Annual statistical returns and brief notes on vaccination in Bengal - 1909-1929
Year: 1909
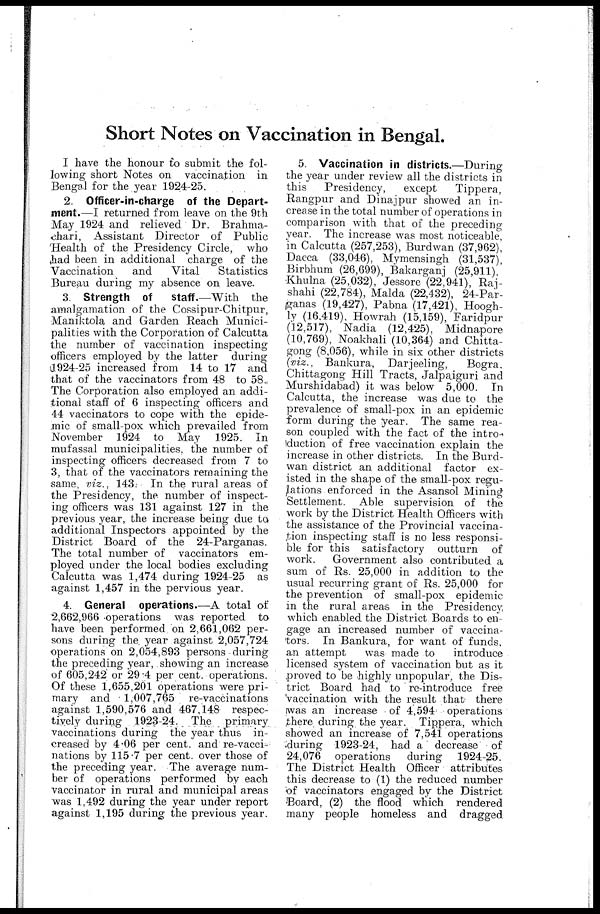
Short Notes on Vaccination in Bengal.
I have the honour to submit the fol-
lowing short Notes on vaccination in
Bengal for the year 1924-25.
2. Officer-in-charge of the Depart-
ment.—I returned from leave on the 9th
May 1924 and relieved Dr. Brahma-
chari, Assistant Director of Public
Health of the Presidency Circle, who
had been in additional charge of the
Vaccination
and
Vital
Statistics
Bureau during my absence on leave.
3. Strength of
staff.—With the
amalgamation of the Cossipur-Chitpur,
Maniktola and Garden Reach Munici-
palities with the Corporation of Calcutta
the number of vaccination inspecting
officers employed by the latter during
1924-25 increased from 14 to 17 and
that of the vaccinators from 48 to 58.
The Corporation also employed an addi-
tional staff of 6 inspecting officers and
44 vaccinators to cope with the epide-
mic of small-pox which prevailed from
November 1924 to May 1925. In
mufassal municipalities, the number of
inspecting officers decreased from 7 to
3, that of the vaccinators remaining the
same, viz., 143. In the rural areas of
the Presidency, the number of inspect-
ing officers was 131 against 127 in the
previous year, the increase being due to
additional Inspectors appointed by the
District Board of the 24-Parganas.
The total number of vaccinators em-
ployed under the local bodies excluding
Calcutta was 1,474 during 1924-25 as
against 1,457 in the pervious year.
4. General operations.—A total of
2,662,966 operations was reported to
have been performed on 2,661,062 per-
sons during the year against 2,057,724
operations on 2,054,893 persons during
the preceding year, showing an increase
of 605,242 or 29.4 per cent. operations.
Of these 1,655,201 operations were pri-
mary and 1,007,765 re-vaccinations
against 1,590,576 and 467,148 respec-
tively during 1923-24. The primary
vaccinations during the year thus in-
creased by 4.06 per cent. and re-vacci-
nations by 115.7 per cent. over those of
the preceding year. The average num-
ber of operations performed by each
vaccinator in rural and municipal areas
was 1,492 during the year under report
against 1,195 during the previous year.
5. Vaccination in districts.—During
the year under review all the districts in
this
Presidency,
except
Tippera,
Rangpur and Dinajpur showed an in-
crease in the total number of operations in
comparison with that of the preceding-
year. The increase was most noticeable,
in Calcutta (257,253), Burdwan (37,962),
Dacca (33,046), Mymensingh (31,537),
Birbhum (26,699), Bakarganj (25,911),
Khulna (25,032), Jessore (22,941), Raj¬
shahi (22,784), Malda (22,432), 24-Par-
ganas (19,427), Pabna (17,421), Hoogh-
ly (16,419), Howrah (15,159), Faridpur
(12,517), Nadia (12,425), Midnapore
(10,769), Noakhali (10,364) and Chitta-
gong (8,056), while in six other districts
(viz., Bankura, Darjeeling,
Bogra,
Chittagong Hill Tracts, Jalpaiguri and
Murshidabad) it was below 5,000. In
Calcutta, the increase was due to the
prevalence of small-pox in an epidemic
form during the year. The same rea-
son coupled with the fact of the intro¬
duction of free vaccination explain the
increase in other districts. In the Burd-
wan district an additional factor ex-
isted in the shape of the small-pox regu-
-ations enforced in the Asansol Mining
Settlement. Able supervision of the
work by the District Health Officers with
the assistance of the Provincial vaccina-
tion inspecting staff is no less responsi-
ble for this satisfactory outturn of
work.
Government also contributed a
sum of Rs. 25,000 in addition to the
usual recurring grant of Rs. 25,000 for
the prevention of small-pox epidemic
in the rural areas in the Presidency
which enabled the District Boards to en-
gage an increased number of vaccina-
tors. In Bankura, for want of funds,
an attempt
was made to
introduce
licensed system of vaccination but as it
proved to be highly unpopular, the Dis-
trict Board had to re-introduce free
vaccination with the result that there
was an increase of 4,594 operations
there during the year. Tippera, which
showed an increase of 7,541 operations
during 1923-24, had a decrease of
24,076 operations
during 1924-25.
The District Health Officer attributes
this decrease to (1) the reduced number
of vaccinators engaged by the District
Board, (2) the flood which rendered
many people homeless and dragged